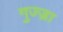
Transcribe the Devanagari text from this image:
गुज्ज्रा